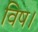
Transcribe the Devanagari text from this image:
विष।